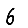
Digit: 6